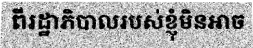
ពីរដ្ឋាភិបាលរបស់ខ្ញុំមិនអាច